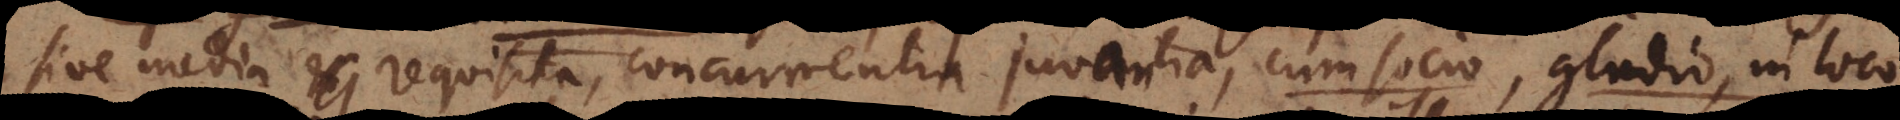
sive media requisita, concurrentia juvantia, cum socio, gladio, in loco,